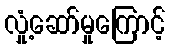
လှုံ့ဆော်မှုကြောင့်